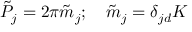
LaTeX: \tilde { \cal P } _ { j } = 2 \pi \tilde { m } _ { j } ; \quad \tilde { m } _ { j } = \delta _ { j d } K